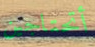
أتحتاجين